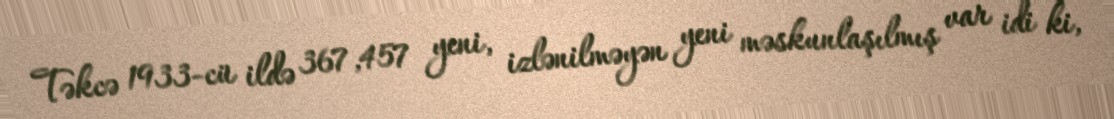
Təkcə 1933-cü ildə 367,457 yeni, izlənilməyən yeni məskunlaşılmış var idi ki,